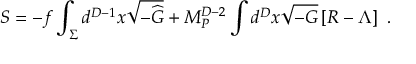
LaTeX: S = - f \int _ { \Sigma } d ^ { D - 1 } x \sqrt { - { \widehat G } } + M _ { P } ^ { D - 2 } \int d ^ { D } x \sqrt { - G } \left[ R - \Lambda \right] ~ .